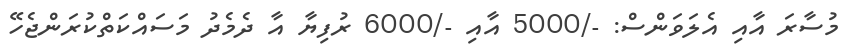
މުސާރަ އާއި އެލަވަންސް: -/5000 އާއި -/6000 ރުފިޔާ އާ ދެމެދު މަސައްކަތްކުރަންޖެހޭ